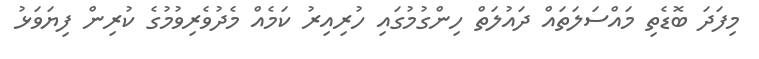
މިފަދަ ބޮޑެތި މައްސަލަތައް ދައުލަތް ހިންގުމުގައި ހުރިއިރު ކަމެއް މެދުވެރިވުމުގެ ކުރިން ފިޔަވަޅު